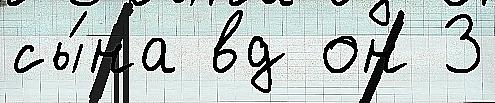
сы́на вд он 3